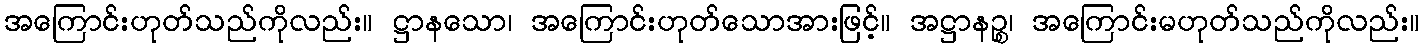
အကြောင်းဟုတ်သည်ကိုလည်း။ ဋ္ဌာနသော၊ အကြောင်းဟုတ်သောအားဖြင့်။ အဋ္ဌာနဉ္စ၊ အကြောင်းမဟုတ်သည်ကိုလည်း။